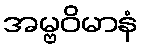
အမ္ဗဝိမာနံ